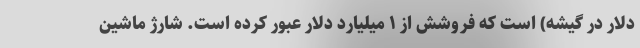
دلار در گیشه) است که فروشش از ۱ میلیارد دلار عبور کرده است. شارژ ماشین